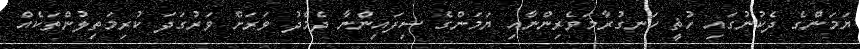
ޔަމަންގެ ދެކުނުގައި ހުޘީ ހަނގުރާމަވެރިންނާއި ޔަމަންގެ ސިފައިންނާ ދެމެދު ވަރަށް ވަރުގަދަ ކުރިމަތިލުންތަކެއް